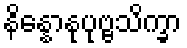
နိန္နောနုပုဗ္ဗသိက္ခာ